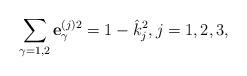
LaTeX: \begin{align*}\sum_{\gamma=1,2} \mathbf{e}_{\gamma}^{(j)2} = 1 - \hat{k}_j^2, j= 1,2,3,\end{align*}